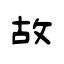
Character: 故